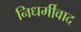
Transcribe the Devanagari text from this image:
निधर्मीवाद